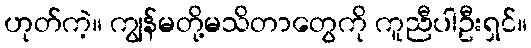
ဟုတ်ကဲ့။ ကျွန်မတို့မသိတာတွေကို ကူညီပါဦးရှင်။